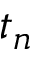
t _ { n }